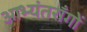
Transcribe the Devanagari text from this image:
आभ्यंतराँगों